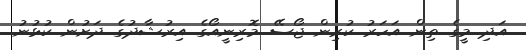
އަދި މީގެ ތިން އަހަރު ކުރިން ޖޯސޭ މޮރިނީއޯގެ އިރުޝާދުގެ ދަށުން ކުޅުނު